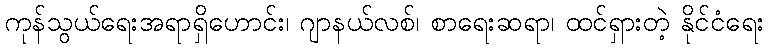
ကုန်သွယ်ရေးအရာရှိဟောင်း၊ ဂျာနယ်လစ်၊ စာရေးဆရာ၊ ထင်ရှားတဲ့ နိုင်ငံရေး